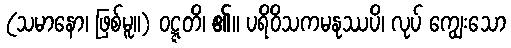
(သမာနော၊ ဖြစ်မူ။) ဝဋ္ဋတိ၊ ၏။ ပရိဝိသကမနုဿပိ၊ လုပ် ကျွေးသော